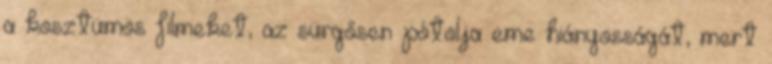
a kosztümös filmeket, az sürgősen pótolja eme hiányosságát, mert